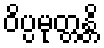
ဝိပ္ပမုတ္တန္တိ